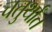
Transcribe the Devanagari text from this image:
चतुर्थांत